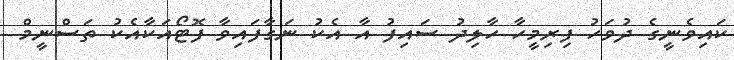
ކައިވެނީގެ ދުވަހު ފިިރިމީހާ ހާލިދު ސައިފު އާ އެކު ނަގާފައިވާ ފޮޓޯއަކާއެކު ތަސްނީމް